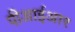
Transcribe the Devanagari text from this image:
पीआईआर